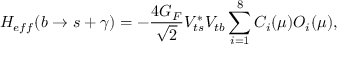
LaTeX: { \cal H } _ { e f f } ( b \to s + \gamma ) = - \frac { 4 G _ { F } } { \sqrt { 2 } } V _ { t s } ^ { * } V _ { t b } \sum _ { i = 1 } ^ { 8 } C _ { i } ( \mu ) { \cal O } _ { i } ( \mu ) ,